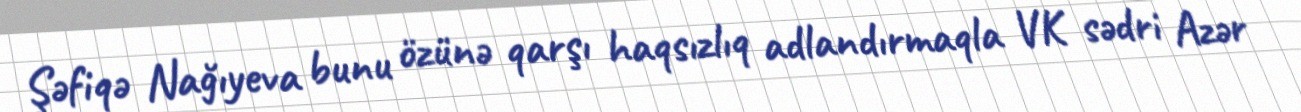
Şəfiqə Nağıyeva bunu özünə qarşı haqsızlıq adlandırmaqla VK sədri Azər